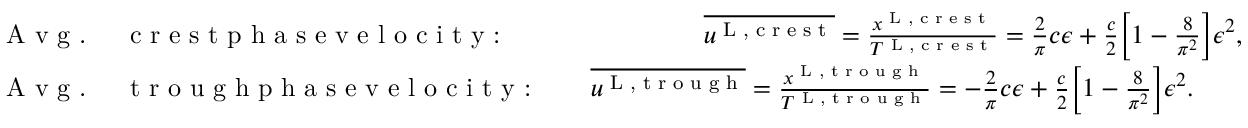
\begin{array} { r l } & { \textrm { A v g . \, \, c r e s t p h a s e v e l o c i t y : \, \, \, \, \, \, \, \, \, \, \, \, } \overline { { u ^ { \textnormal { L , c r e s t } } } } = \frac { x ^ { \textnormal { L , c r e s t } } } { T ^ { \textnormal { L , c r e s t } } } = \frac { 2 } { \pi } c \epsilon + \frac { c } { 2 } \bigg [ 1 - \frac { 8 } { \pi ^ { 2 } } \bigg ] \epsilon ^ { 2 } , } \\ & { \textrm { A v g . \, \, t r o u g h p h a s e v e l o c i t y : \, \, \, } \overline { { u ^ { \textnormal { L , t r o u g h } } } } = \frac { x ^ { \textnormal { L , t r o u g h } } } { T ^ { \textnormal { L , t r o u g h } } } = - \frac { 2 } { \pi } c \epsilon + \frac { c } { 2 } \bigg [ 1 - \frac { 8 } { \pi ^ { 2 } } \bigg ] \epsilon ^ { 2 } . } \end{array}